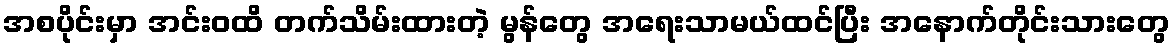
အစပိုင်းမှာ အင်းဝထိ တက်သိမ်းထားတဲ့ မွန်တွေ အရေးသာမယ်ထင်ပြီး အနောက်တိုင်းသားတွေ